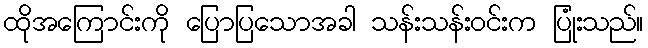
ထိုအကြောင်းကို ပြောပြသောအခါ သန်းသန်းဝင်းက ပြုံးသည်။